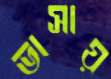
ভাসায়